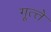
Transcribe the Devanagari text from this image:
गूत्त्ते